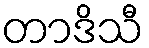
တာဒိသီ